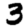
Digit: 3